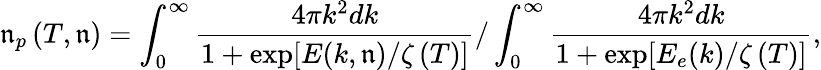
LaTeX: {\mathfrak{n}_{p}}\left({T,\mathfrak{n}}\right)=\int_{0}^{\infty}{\frac{{{4\pi{k^{2}}dk}}}{{{1+\exp[E(k,\mathfrak{n})/\zeta\left(T\right)]}}}}/\int_{0}^{\infty}{\frac{{{4\pi{k^{2}}dk}}}{{{1+\exp[{E_{e}}(k)/\zeta\left(T\right)]}}}},